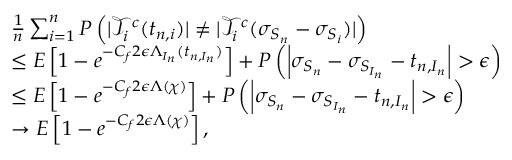
\begin{array} { r l } & { \frac { 1 } { n } \sum _ { i = 1 } ^ { n } P \left( | \mathcal { T } _ { i } ^ { c } ( t _ { n , i } ) | \neq | \mathcal { T } _ { i } ^ { c } ( \sigma _ { S _ { n } } - \sigma _ { S _ { i } } ) | \right) } \\ & { \leq E \left[ 1 - e ^ { - C _ { f } 2 \epsilon \Lambda _ { I _ { n } } ( t _ { n , I _ { n } } ) } \right] + P \left( \left| \sigma _ { S _ { n } } - \sigma _ { S _ { I _ { n } } } - t _ { n , I _ { n } } \right| > \epsilon \right) } \\ & { \leq E \left[ 1 - e ^ { - C _ { f } 2 \epsilon \Lambda ( \chi ) } \right] + P \left( \left| \sigma _ { S _ { n } } - \sigma _ { S _ { I _ { n } } } - t _ { n , I _ { n } } \right| > \epsilon \right) } \\ & { \to E \left[ 1 - e ^ { - C _ { f } 2 \epsilon \Lambda ( \chi ) } \right] , } \end{array}